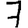
Digit: 7